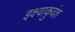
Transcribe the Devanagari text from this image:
इक्ष्वाकुवंश